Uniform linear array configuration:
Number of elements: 8
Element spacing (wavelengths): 0.5
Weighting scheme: exponential
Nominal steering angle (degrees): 45
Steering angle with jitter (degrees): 45.856
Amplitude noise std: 0.05
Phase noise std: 0.05

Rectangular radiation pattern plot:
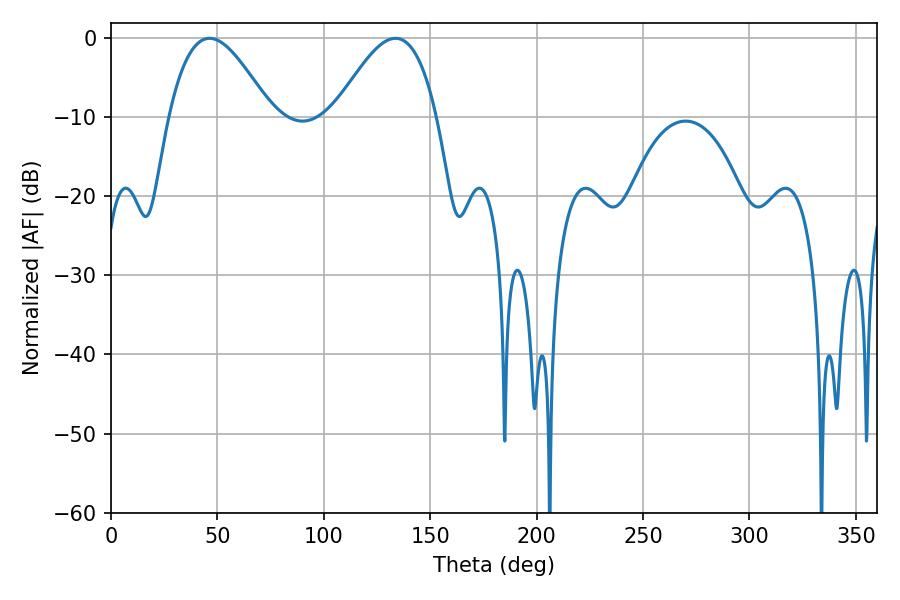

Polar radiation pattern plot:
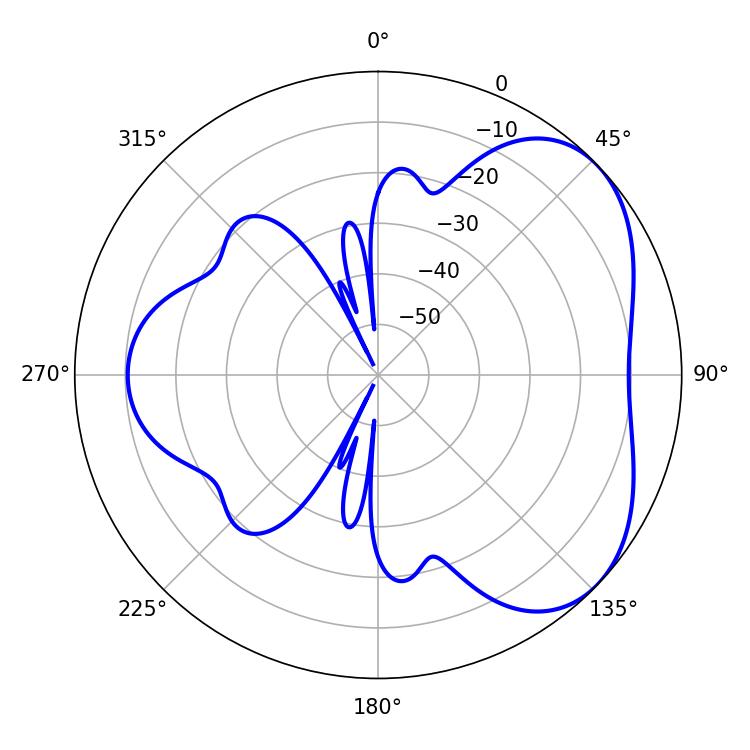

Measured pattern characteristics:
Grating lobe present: FALSE
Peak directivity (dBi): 4.461
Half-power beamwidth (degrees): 25.74
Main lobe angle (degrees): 46.26